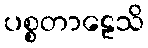
ပစ္စတာဠေသိ